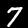
Digit: 7